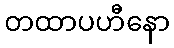
တထာပဟီနော